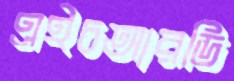
এইচআরডি